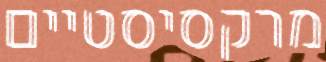
מרקסיסטיים